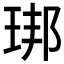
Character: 𱮿